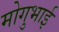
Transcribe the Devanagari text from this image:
मोगुभाई